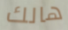
هالك